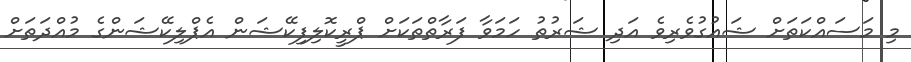
މި މަސައްކަތަށް ޝައުގުވެރިވެ އަދި ޝަރުތު ހަމަވާ ފަރާތްތަކަށް ޕްރީކޮލިފިކޭޝަން އެޕްލިކޭޝަންގެ މުއްދަތަށް